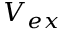
V _ { e x }